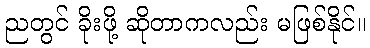
ညတွင် ခိုးဖို့ ဆိုတာကလည်း မဖြစ်နိုင်။